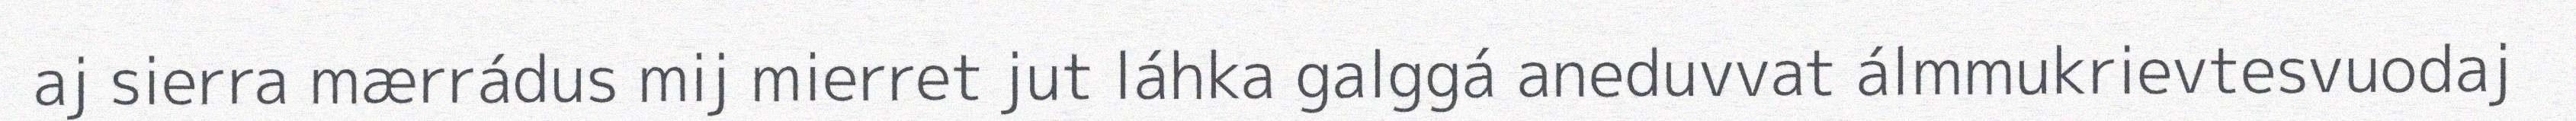
aj sierra mærrádus mij mierret jut láhka galggá aneduvvat álmmukrievtesvuodaj